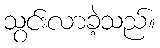
သွင်းလာခဲ့သည်။